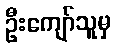
ဦးကျော်သူမှ